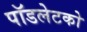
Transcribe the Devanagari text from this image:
पॉडलेटको